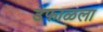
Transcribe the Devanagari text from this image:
उफाळला